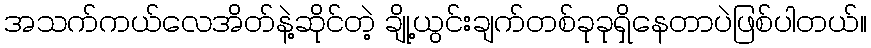
အသက်ကယ်လေအိတ်နဲ့ဆိုင်တဲ့ ချို့ယွင်းချက်တစ်ခုခုရှိနေတာပဲဖြစ်ပါတယ်။